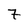
Character: 7